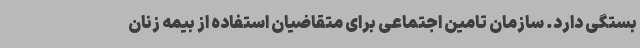
بستگی دارد. سازمان تامین اجتماعی برای متقاضیان استفاده از بیمه زنان